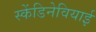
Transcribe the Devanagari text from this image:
स्केंडिनेवियाई